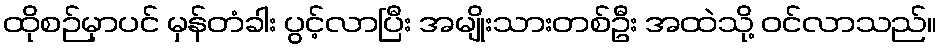
ထိုစဉ်မှာပင် မှန်တံခါး ပွင့်လာပြီး အမျိုးသားတစ်ဦး အထဲသို့ ဝင်လာသည်။